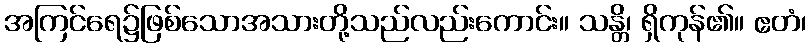
အကြင်ရေ၌ဖြစ်သောအသားတို့သည်လည်းကောင်း။ သန္တိ၊ ရှိကုန်၏။ ဧတံ၊